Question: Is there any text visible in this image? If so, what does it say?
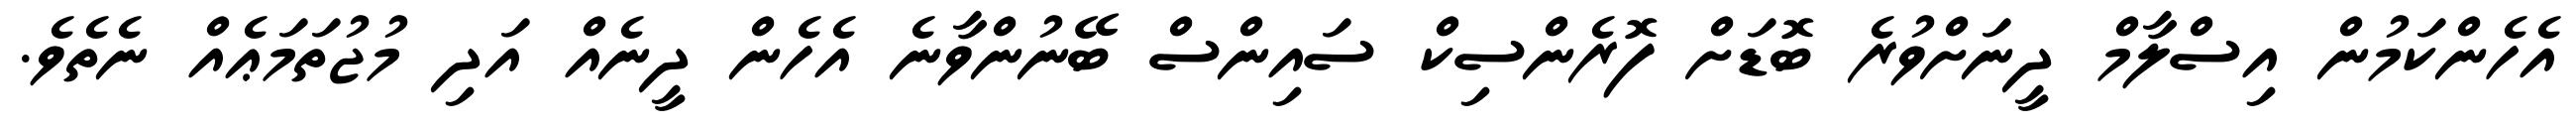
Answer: އެހެންކަމުން އިސްލާމް ދީނަށްވުރެ ބޮޑަށް ފޮރެންސިކް ސައިންސް ބޭނުންވާނެ އެހެން ދީނެއް އަދި މުޖުތަމަޢެއް ނެތެވެ.